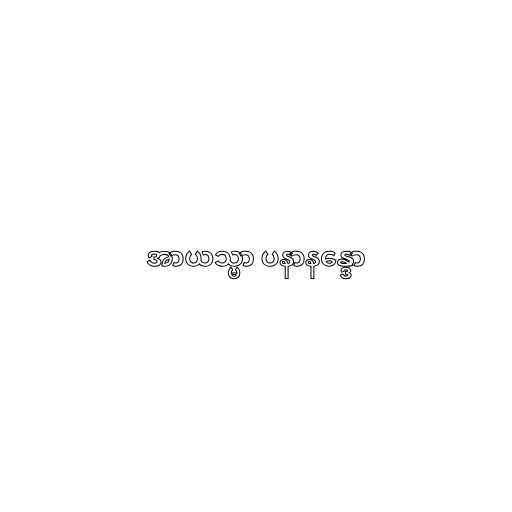
အာယသ္မာ ပနာနန္ဒော